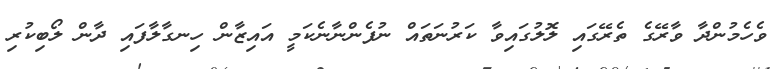
ވެހެމުންދާ ވާރޭގެ ތެރޭގައި ލޮލުގައިވާ ކަރުނަތައް ނުފެންނާނެކަމީ އައިޒާން ހިނގާލާފައި ދާން ލޯބިކުރި